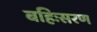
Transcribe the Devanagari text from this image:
बहिःसरण